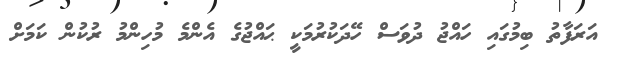
އަރަފާތު ބިމުގައި ހައްޖު ދުވަސް ހޭދަކުރުމަކީ ޙައްޖުގެ އެންމެ މުހިންމު ރުކުން ކަމަށް